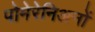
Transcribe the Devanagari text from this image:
पोमेरेनिअनों